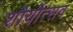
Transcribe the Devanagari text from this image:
शौर्योत्सव